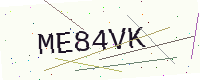
Text: ME84VK